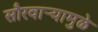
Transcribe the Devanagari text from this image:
सौरवार्‍यामुळे